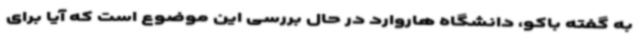
به گفته باکو، دانشگاه هاروارد در حال بررسی این موضوع است که آیا برای